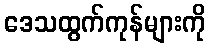
ဒေသထွက်ကုန်များကို